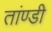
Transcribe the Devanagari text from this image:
तांण्डी